Vaccination in the Punjab 1905-1918 - 1905-1918
Year: 1905
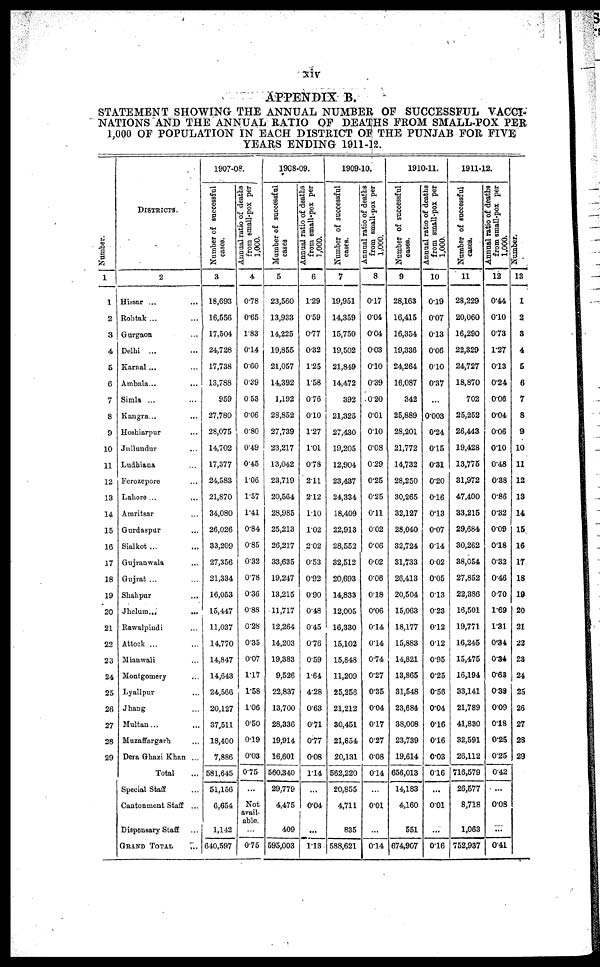
xiv
APPENDIX B.
STATEMENT SHOWING THE ANNUAL NUMBER OF SUCCESSFUL VACCI-
NATIONS AND THE ANNUAL RATIO OF DEATHS FROM SMALL-POX PER
1,000 OF POPULATION IN EACH DISTRICT OF THE PUNJAB FOR FIVE
YEARS ENDING 1911-12.
Number.
1
1
2
3
4
5
6
7
8
9
10
11
12
13
14
15
16
17
18
19
20
21
22
23
24
25
26
27
28
29
DISTRICTS.
2
Hissar ... ...
Rohtak ... ...
Gurgaon ...
Delhi ... ...
Karnal ... ...
Ambala ... ...
Simla ... ...
Kangra ... ...
Hoshiarpur ...
Jullundur ...
Ludhiana ...
Ferozepore ...
Lahore ... ...
Amritsar ...
Gurdaspur ...
Sialkot ...
Gujranwala ...
Gujrat ... ...
Shahpur
...
Jhelum ... ...
Rawalpindi ...
Attock ... ...
Mianwali ...
Montgomery ...
Lyallpur
...
Jhang ...
Multan ... ...
Muzaffargarh ...
Dera Ghazi Khan ...
Total ...
Special Staff ...
Cantonment Staff ...
Dispensary Staff ...
GRAND TOTAL ...
1907-08.
Number of successful
cases.
3
18,693
16,556
17,504
24,728
17,738
13,788
959
27,780
28,075
14,702
17,377
24,583
21,870
34,080
26,026
33,209
27,356
21,334
16,053
15,447
11,037
14,770
14,847
14,643
24,566
20,127
37,511
18,400
7,886
581,645
51,156
6,654
1,142
640,597
Annual ratio of deaths
from small-pox per
1,000.
4
0.78
0.65
1.83
0.14
0.60
0.39
0.53
0.06
0.80
0.49
0.45
1.06
1.57
1.41
0.84
0.85
0.32
0.78
0.36
0.88
0.28
0.35
0.07
1.17
1.58
1.06
0.50
0.19
0.03
0.75
...
Not
avail-
able.
...
0.75
1908-09.
Number of successful
cases
5
23,560
13,933
14,225
19,855
21,057
14,392
1,192
28,852
27,739
23,217
13,042
23,719
20,564
28,985
25,213
26,217
33,635
19,247
13,215
11,717
12,264
14,203
19,383
9,526
22,837
13,700
28,336
19,914
16,601
560,340
29,779
4,475
409
595,003
Annual ratio of deaths
from small-pox per
1,000.
6
1.29
0.59
0.77
0.32
1.25
1.58
0.76
0.10
1.27
1.01
0.78
2.11
2.12
1.10
1.02
2.02
0.53
0.92
0.90
0.48
0.45
0.76
0.59
1.64
4.28
0.63
0.71
0.77
0.08
1.14
...
0.04
...
1.13
1909-10.
Number of successful
cases.
7
19,951
14,359
15,750
19,502
21,849
14,472
392
21,325
27,430
19,205
12,904
23,437
24,334
18,409
22,913
28,552
32,512
20,693
14,833
12,005
16,330
15,102
15,848
11,209
25,256
21,212
30,451
21,854
20,131
562,220
20,855
4,711
835
588,621
Annual ratio of deaths
from small-pox per
1,000.
8
0.17
0.04
0.04
0.03
0.10
0.39
0.20
0.01
0.10
0.08
0.29
0.25
0.25
0.11
0.02
0.06
0.02
0.06
0.18
0.06
0.14
0.14
0.74
0.27
0.35
0.04
0.17
0.27
0.08
0.14
...
0.01
...
0.14
1910-11.
Number of successful
cases.
9
28,163
16,415
16,354
19,336
24,264
16,087
342
25,889
28,201
21,772
14,732
28,250
30,265
32,127
28,040
32,724
31,733
26,413
20,504
15,063
18,177
15,883
14,821
13,865
31,548
23,684
38,008
23,739
19,614
656,013
14,183
4,160
551
674,907
Annual ratio of deaths
from small-pox per
1,000.
10
0.19
0.07
0.13
0.06
0.10
0.37
...
0.003
0.24
0.15
0.31
0.20
0.16
0.13
0.07
0.14
0.02
0.05
0.13
0.23
0.12
0.12
0.95
0.25
0.56
0.04
0.16
0.16
0.03
0.16
...
0.01
...
0.16
1911-12.
Number of successful
cases.
11
28,229
20,060
16,290
22,329
24,727
18.870
702
25,252
26,443
19,428
13,775
31,972
47,400
33,215
29,684
30,262
38,054
27,852
22,386
16,501
19,771
16,245
15,475
16,194
33,141
21,789
41,830
32,591
26,112
716,579
26,577
8,718
1,063
752,937
Annual ratio of deaths
from small-pox per
1,000.
12
0.44
0.10
0.73
1.27
0.13
0.24
0.06
0.04
0.06
0.10
0.48
0.38
0.86
0.32
0.09
0.18
0.32
0.46
0.70
1.69
1.31
0.34
0.34
0.63
0.38
0.09
0.18
0.25
0.25
0.42
...
0.08
...
0.41
Number.
13
1
2
3
4
5
6
7
8
9
10
11
12
13
14
15
16
17
18
19
20
21
22
23
24
25
26
27
28
29